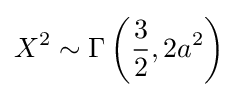
X^{2}\sim \Gamma \left({\frac {3}{2}},2a^{2}\right)